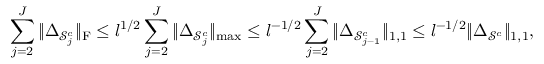
\sum _ { j = 2 } ^ { J } \| \boldsymbol { \Delta } _ { \mathcal { S } _ { j } ^ { c } } \| _ { \mathrm { F } } \leq l ^ { 1 / 2 } \sum _ { j = 2 } ^ { J } \| \boldsymbol { \Delta } _ { \mathcal { S } _ { j } ^ { c } } \| _ { \operatorname* { m a x } } \leq l ^ { - 1 / 2 } \sum _ { j = 2 } ^ { J } \| \boldsymbol { \Delta } _ { \mathcal { S } _ { j - 1 } ^ { c } } \| _ { 1 , 1 } \leq l ^ { - 1 / 2 } \| \boldsymbol { \Delta } _ { \mathcal { S } ^ { c } } \| _ { 1 , 1 } ,